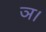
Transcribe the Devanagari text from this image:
ञ।